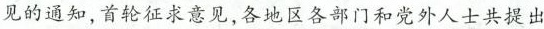
见的通知，首轮征求意见，各地区各部门和党外人士共提出